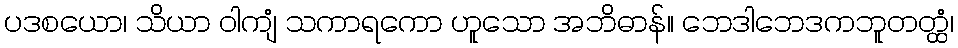
ပဒစယော၊ သိယာ ဝါကျံ သကာရကော ဟူသော အဘိဓာန်။ ဘေဒါဘေဒကဘူတတ္ထံ၊